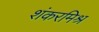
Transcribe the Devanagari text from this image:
शंकरमिश्र